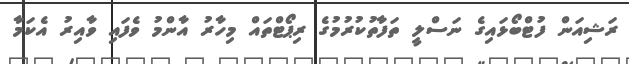
ރަޝިއަން ފުޓްބޯޅައިގެ ނަސްލީ ތަފާތުކުރުމުގެ ރިޕޯޓްތައް މިހާރު އާންމު ވެފައި ވާއިރު އެކަމާ